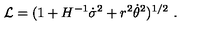
{ \cal L } = ( 1 + H ^ { - 1 } \dot { \sigma } ^ { 2 } + r ^ { 2 } \dot { \theta } ^ { 2 } ) ^ { 1 / 2 } \ .